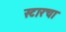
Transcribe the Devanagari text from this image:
स्टारचा